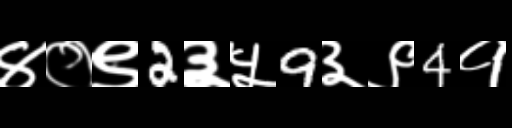
Text: ४०९2३५9३९4१